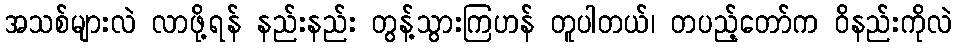
အသစ်များလဲ လာဖို့ရန် နည်းနည်း တွန့်သွားကြဟန် တူပါတယ်၊ တပည့်တော်က ဝိနည်းကိုလဲ